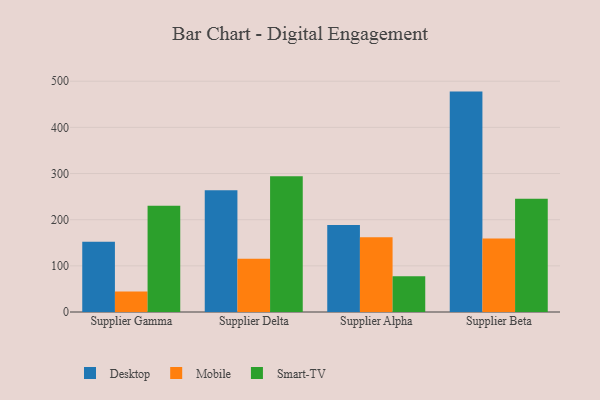
{"axis": {"x": "Supplier", "y": "Active Users"}, "legend": ["Desktop", "Mobile", "Smart-TV"], "data": [{"x": "Supplier Gamma", "y": 152.2, "type": "Desktop"}, {"x": "Supplier Gamma", "y": 44.4, "type": "Mobile"}, {"x": "Supplier Gamma", "y": 230.0, "type": "Smart-TV"}, {"x": "Supplier Delta", "y": 263.8, "type": "Desktop"}, {"x": "Supplier Delta", "y": 115.4, "type": "Mobile"}, {"x": "Supplier Delta", "y": 294.3, "type": "Smart-TV"}, {"x": "Supplier Alpha", "y": 188.6, "type": "Desktop"}, {"x": "Supplier Alpha", "y": 162.2, "type": "Mobile"}, {"x": "Supplier Alpha", "y": 77.2, "type": "Smart-TV"}, {"x": "Supplier Beta", "y": 477.5, "type": "Desktop"}, {"x": "Supplier Beta", "y": 159.5, "type": "Mobile"}, {"x": "Supplier Beta", "y": 245.3, "type": "Smart-TV"}]}